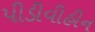
પીડીવીહીન